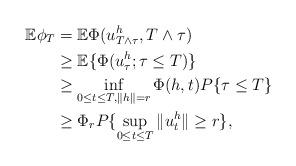
LaTeX: \begin{align*}\mathbb{E}\phi_{T}&=\mathbb{E}\Phi(u^{h}_{T\wedge \tau}, T\wedge \tau)\\&\geq \mathbb{E}\{\Phi(u^{h}_{\tau}; \tau\leq T)\}\\&\geq \inf_{0\leq t\leq T, \|h\|=r}\Phi(h,t)P\{\tau\leq T\}\\&\geq \Phi_{r}P\{\sup_{0\leq t\leq T}\|u^{h}_{t}\|\geq r\},\end{align*}